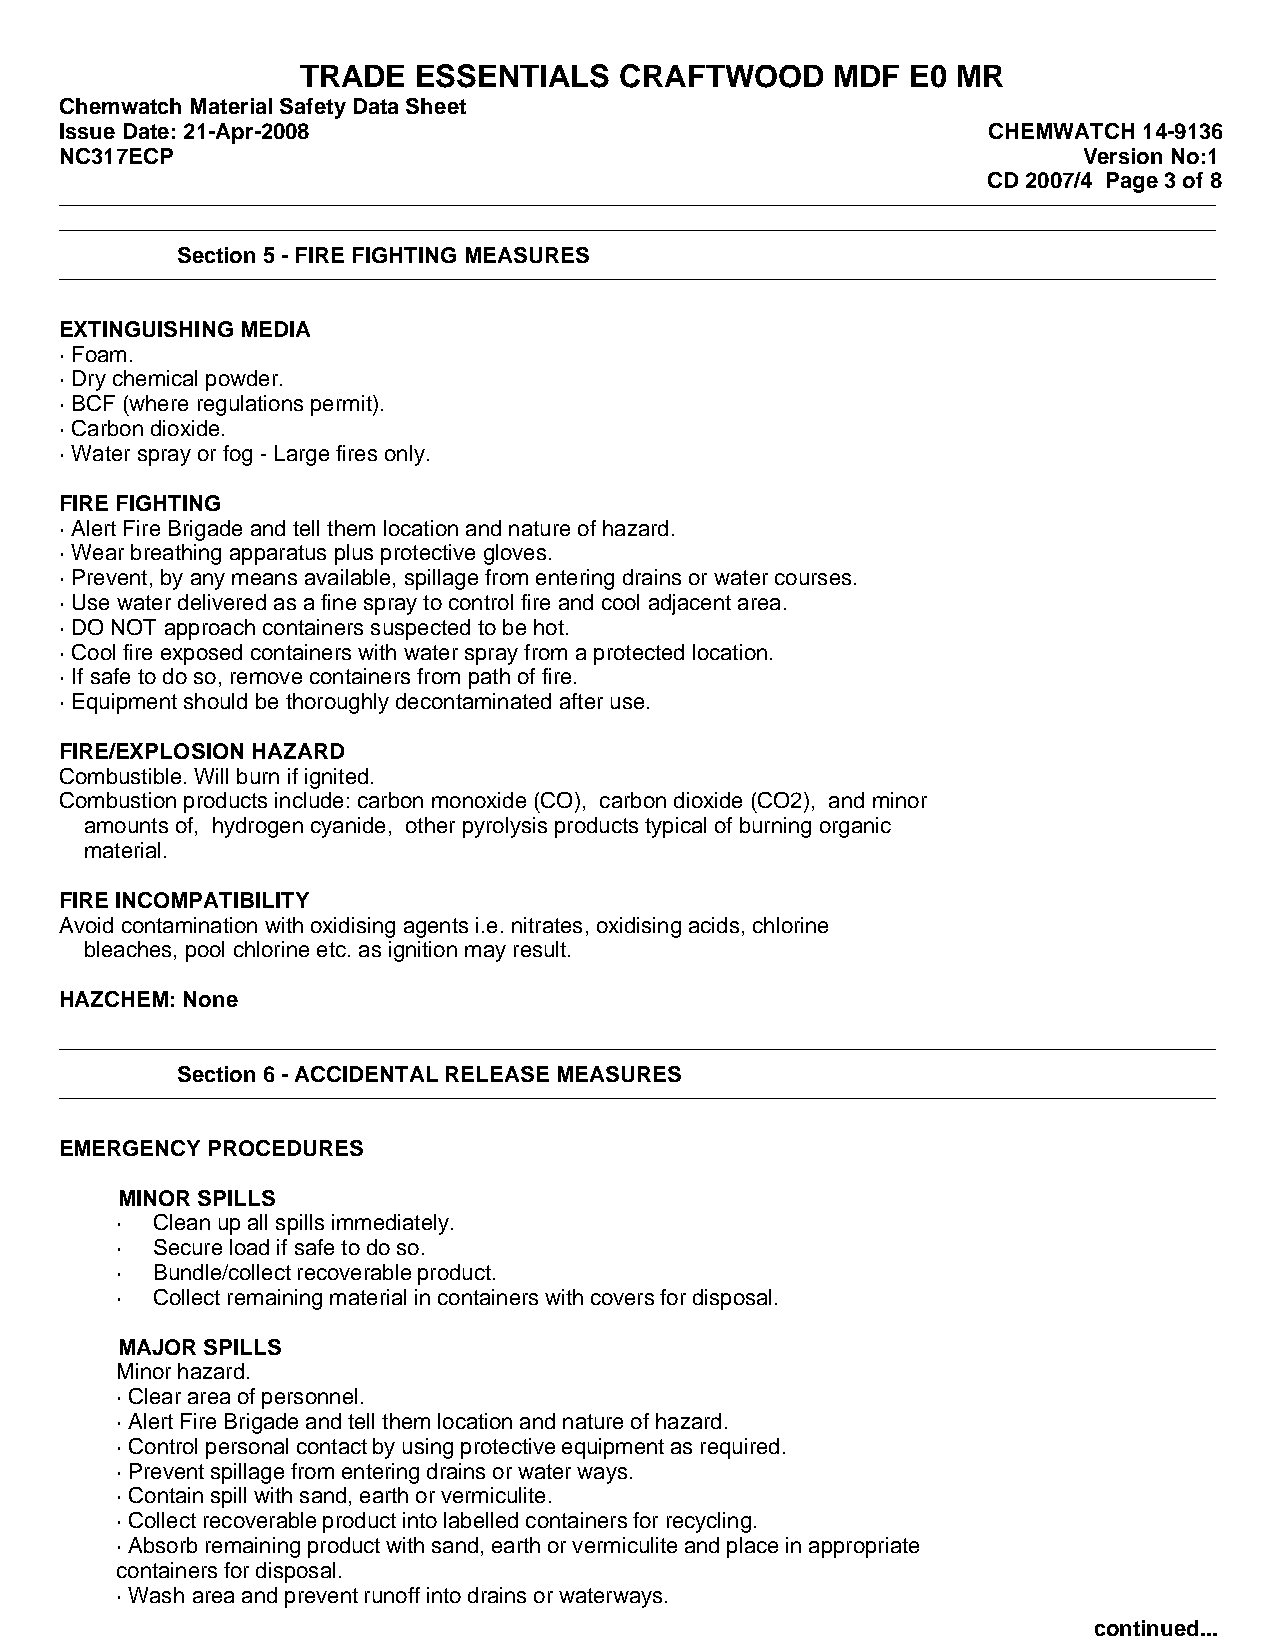
TRADE   ESSENTIALS   CRAFTWOOD     MDF  E0 MR
 Chemwatch Material Safety Data Sheet
 Issue Date: 21-Apr-2008                                      CHEMWATCH  14-9136
 NC317ECP                                                            Version No:1
 CD 2007/4 Page 3 of 8
 Section 5 - FIRE FIGHTING MEASURES
 EXTINGUISHING MEDIA
 · Foam.
 · Dry chemical powder.
 · BCF (where regulations permit).
 · Carbon dioxide.
 · Water spray or fog - Large fires only.
 FIRE FIGHTING
 · Alert Fire Brigade and tell them location and nature of hazard.
 · Wear breathing apparatus plus protective gloves.
 · Prevent, by any means available, spillage from entering drains or water courses.
 · Use water delivered as a fine spray to control fire and cool adjacent area.
 · DO NOT approach containers suspected to be hot.
 · Cool fire exposed containers with water spray from a protected location.
 · If safe to do so, remove containers from path of fire.
 · Equipment should be thoroughly decontaminated after use.
 FIRE/EXPLOSION HAZARD
 Combustible. Will burn if ignited.
 Combustion products include: carbon monoxide (CO), carbon dioxide (CO2), and minor
 amounts of, hydrogen cyanide, other pyrolysis products typical of burning organic
 material.
 FIRE INCOMPATIBILITY
 Avoid contamination with oxidising agents i.e. nitrates, oxidising acids, chlorine
 bleaches, pool chlorine etc. as ignition may result.
 HAZCHEM: None
 Section 6 - ACCIDENTAL RELEASE MEASURES
 EMERGENCY PROCEDURES
 MINOR SPILLS
 · Cleanupallspillsimmediately.
 · Secureloadifsafetodoso.
 · Bundle/collectrecoverableproduct.
 · Collectremainingmaterialincontainerswithcoversfordisposal.
 MAJOR SPILLS
 Minorhazard.
 ·Clearareaofpersonnel.
 ·AlertFireBrigadeandtellthemlocationandnatureofhazard.
 ·Controlpersonalcontactbyusingprotectiveequipmentasrequired.
 ·Preventspillagefromenteringdrainsorwaterways.
 ·Containspillwithsand,earthorvermiculite.
 ·Collectrecoverableproductintolabelledcontainersforrecycling.
 ·Absorbremainingproductwithsand,earthorvermiculiteandplaceinappropriate
 containersfordisposal.
 ·Wash areaandpreventrunoffintodrainsorwaterways.
 continued...